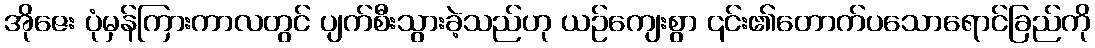
အိုဇေး ပုံမှန်ကြားကာလတွင် ပျက်စီးသွားခဲ့သည်ဟု ယဉ်ကျေးစွာ ၎င်း၏တောက်ပသောရောင်ခြည်ကို